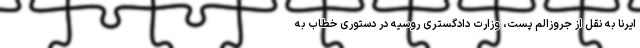
ایرنا به نقل از جروزالم پست، وزارت دادگستری روسیه در دستوری خطاب به